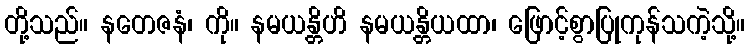
တို့သည်။ နတေဇနံ၊ ကို။ နမယန္တိဟိ နမယန္တိယထာ၊ ဖြောင့်စွာပြုကုန်သကဲ့သို့။